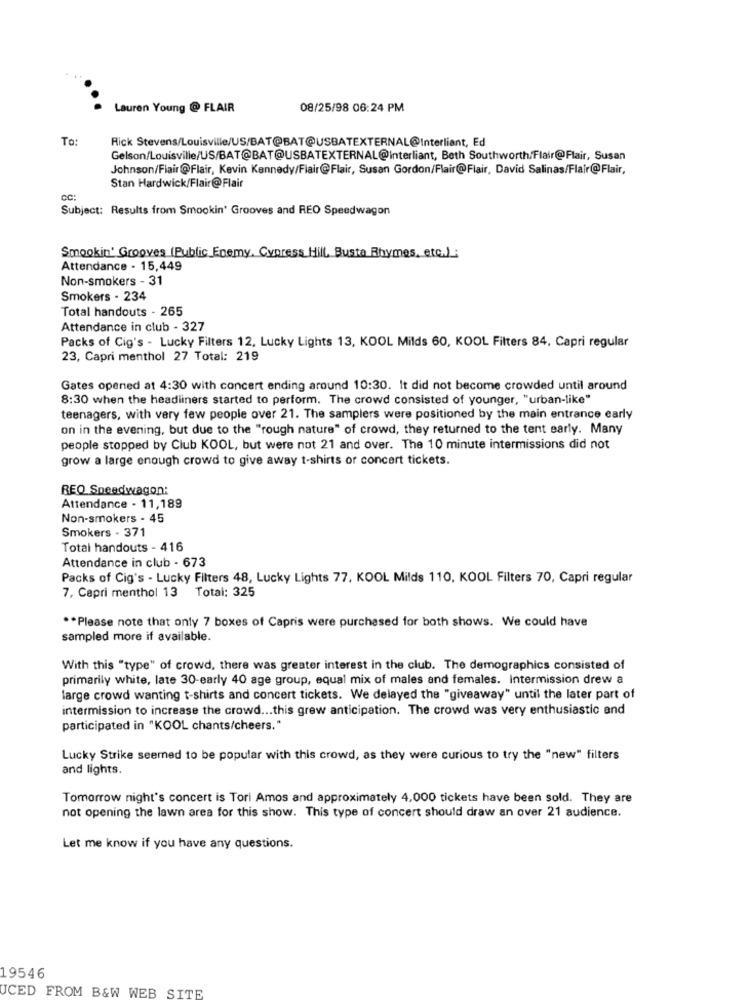
Lauren Young @ FLAIR
08/25/98 06:24 PM
To:
Rick Stevens/Louisville/US/BAT@BAT@USBATEXTERNAL@Interliant, Ed
Gelson/Louisville/US/BAT@BAT@USBATEXTERNAL@interliant, Beth Southworth/Flair@Flair, Susan
Johnson/Flair @Flair, Kevin Kennedy/Flair@Flair, Susan Gordon/Flair@Flair, David Salinas/Flair@Flair,
Stan Hardwick/Flair@Flair
CC:
Subject: Results from Smookin' Grooves and REO Speedwagon
Smookin' Grooves (Public Enemy. Cypress Hill. Busta Rhymes, etc.):
Attendance - 15,449
Non-smokers - 31
Smokers - 234
Total handouts - 265
Attendance in club - 327
Packs of Cig's - Lucky Filters 12, Lucky Lights 13, KOOL Milds 60, KOOL Filters 84, Capri regular
23, Capri menthol 27 Total: 219
Gates opened at 4:30 with concert ending around 10:30. It did not become crowded until around
8:30 when the headliners started to perform. The crowd consisted of younger, "urban-like"
teenagers, with very few people over 21. The samplers were positioned by the main entrance early
on in the evening, but due to the "rough nature" of crowd, they returned to the tent early. Many
people stopped by Club KOOL, but were not 21 and over. The 10 minute intermissions did not
grow a large enough crowd to give away t-shirts or concert tickets.
REO Speedwagon:
Attendance - 11,189
Non-smokers - 45
Smokers - 371
Total handouts - 416
Attendance in club - 673
Packs of Cig's - Lucky Filters 48, Lucky Lights 77. KOOL Milds 110, KOOL Filters 70, Capri regular
7, Capri menthol 13 Total: 325
** Please note that only 7 boxes of Capris were purchased for both shows. We could have
sampled more if available.
With this "type" of crowd, there was greater interest in the club. The demographics consisted of
primarily white, late 30-early 40 age group, equal mix of males and females. Intermission drew a
large crowd wanting t-shirts and concert tickets. We delayed the "giveaway" until the later part of
intermission to increase the crowd ... this grew anticipation. The crowd was very enthusiastic and
participated in "KOOL chants/cheers."
Lucky Strike seemed to be popular with this crowd, as they were curious to try the "new" filters
and lights.
Tomorrow night's concert is Tori Amos and approximately 4,000 tickets have been sold. They are
not opening the lawn area for this show. This type of concert should draw an over 21 audience.
Let me know if you have any questions.
19546
UCED FROM B&W WEB SITE